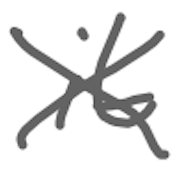
Text: it
Cross-out: cross
Writing tool: digital_gray